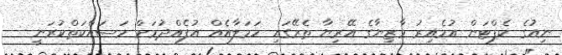
ނިއުގެ ކެޕްޓަން އުމެއިރު މާޒިޔާގެ އޭރިޔާ ތެރޭގައި ހަމަލާއެއް އުފެއްދުމަށް މަސައްކަތްކުރަނީ --